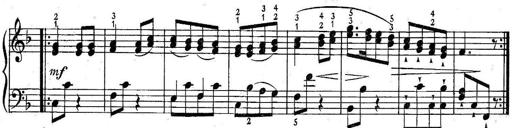
Title: 6 Easy Sonatinas
Composer: Carl Czerny